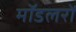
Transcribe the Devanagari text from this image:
मॉडलरों